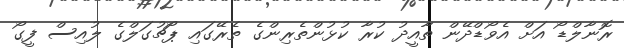
ރޮނާލްޑޯ އަށް އެވޯޑްދޭން ތާއީދު ކުރާ ކުޅުންތެރިންގެ ތެރޭގައި ޕޯޗުގަލްގެ ލުއިސް ފީގޯ